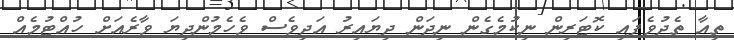
ތިއާ ތެދުވެފައި ކޮޓަރިން ނިކުމެގެން ނިދަން ދިޔައިރު އަދިވެސް ވެހެމުންދިޔަ ވާރެއަށް ހުއްޓުމެއް